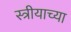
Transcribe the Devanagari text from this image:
स्त्रीयाच्या